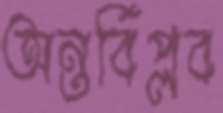
অন্তর্বিপ্লব